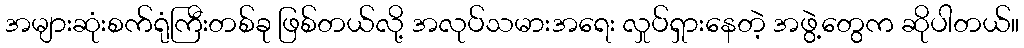
အများဆုံးစက်ရုံကြီးတစ်ခု ဖြစ်တယ်လို့ အလုပ်သမားအရေး လှုပ်ရှားနေတဲ့ အဖွဲ့တွေက ဆိုပါတယ်။